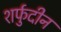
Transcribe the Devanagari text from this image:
शर्फुदीन